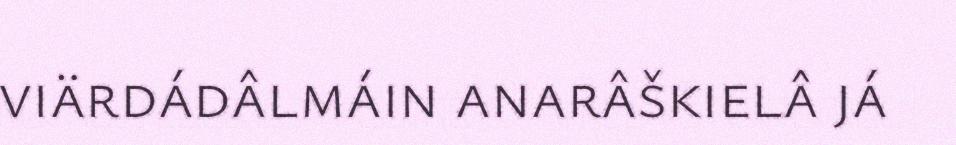
viärdádâlmáin anarâškielâ já